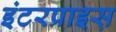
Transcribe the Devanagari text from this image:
इंटरप्राइस़